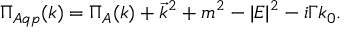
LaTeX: \Pi _ { A q p } ( k ) = \Pi _ { A } ( k ) + \vec { k } ^ { 2 } + m ^ { 2 } - | { \cal E } | ^ { 2 } - i \Gamma k _ { 0 } .